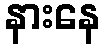
နားနေ